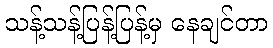
သန့်သန့်ပြန့်ပြန့်မှ နေချင်တာ